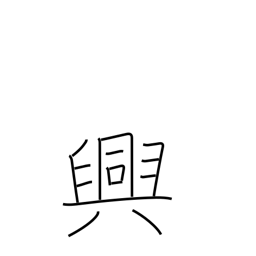
Meaning: pleasure